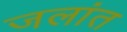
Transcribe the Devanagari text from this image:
जलांत